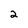
Character: 2